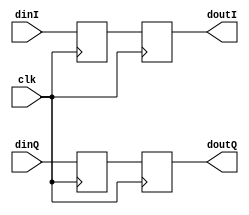
`timescale 1ns / 1ps
//////////////////////////////////////////////////////////////////////////////////
// Company: 
// Engineer: 
// 
// Design Name: 
// Module Name: delay_unit_D2
// Project Name: 
// Target Devices: 
// Tool Versions: 
// Description: 
// 
// Dependencies: 
// 
// Revision:
// Revision 0.01 - File Created
// Additional Comments:
// 
//////////////////////////////////////////////////////////////////////////////////


module delay_unit_D2(clk, dinI, dinQ, doutI, doutQ);
    input clk;    
    input signed [17:0] dinI, dinQ;
    output reg signed [17:0] doutI = 0;
    output reg signed [17:0] doutQ = 0;  
    // D2 = 2 
    reg signed [17:0] I1 = 0,Q1 = 0;
    always @(posedge clk)
        begin
        I1 <= dinI; doutI <=I1;
        Q1 <= dinQ; doutQ <=Q1;
        end 
endmodule